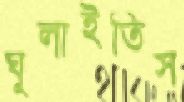
ঘুলাইতিস